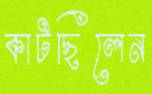
কাটছিলেন